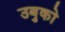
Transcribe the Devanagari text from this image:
उबुको